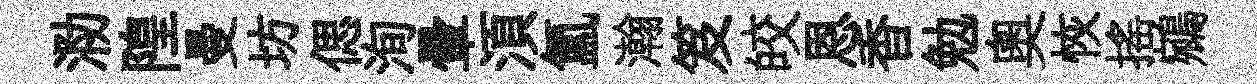
泐隍曼坊偲洵暈湏氳瀚笈皎恩香勉奧恢搖鵷